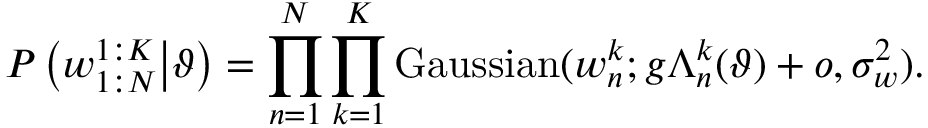
P \left( w _ { 1 : N } ^ { 1 : K } \middle | \vartheta \right) = \prod _ { n = 1 } ^ { N } \prod _ { k = 1 } ^ { K } \mathrm { G a u s s i a n } ( w _ { n } ^ { k } ; g \Lambda _ { n } ^ { k } ( \vartheta ) + o , \sigma _ { w } ^ { 2 } ) .